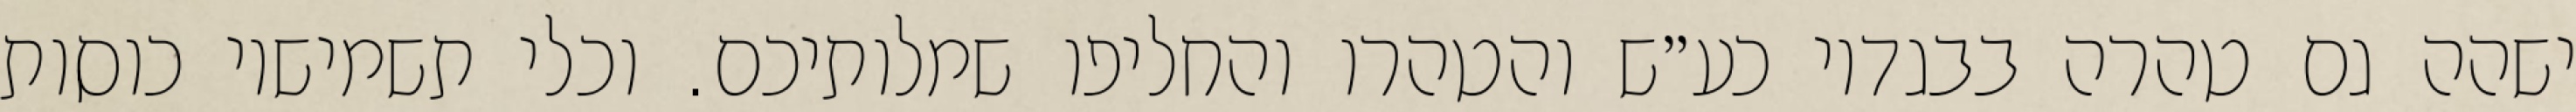
ישהה גם טהרה בבגדיו כע״ש והטהרו והחליפו שמלותיכם. וכלי תשמישיו כוסות